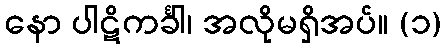
နော ပါဋိကင်္ခါ၊ အလိုမရှိအပ်။ (၁)